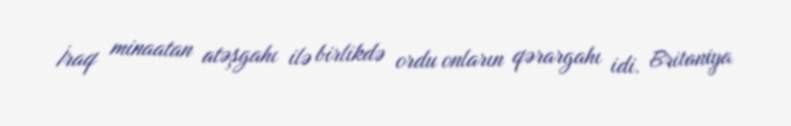
İraq minaatan atəşgahı ilə birlikdə ordu onların qərargahı idi. Britaniya